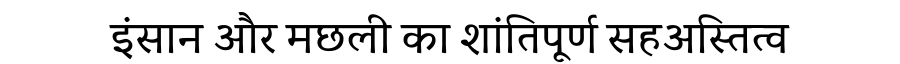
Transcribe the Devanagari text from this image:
इंसान और मछली का शांतिपूर्ण सहअस्तित्व